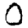
Digit: 0